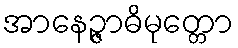
အာနေဉ္ဇာဓိမုတ္တော